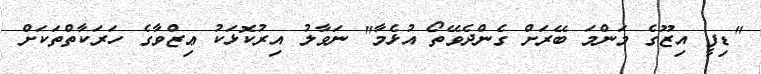
"ޑިފީ އިޒޫގެ މަންމަ ބޭރަށް ގެންދެވޭތޯ އުޅެމާ" ނަވާލު އިރުކޮޅަކު ޢިޒްވާގެ ހަރަކާތްތަކަށް